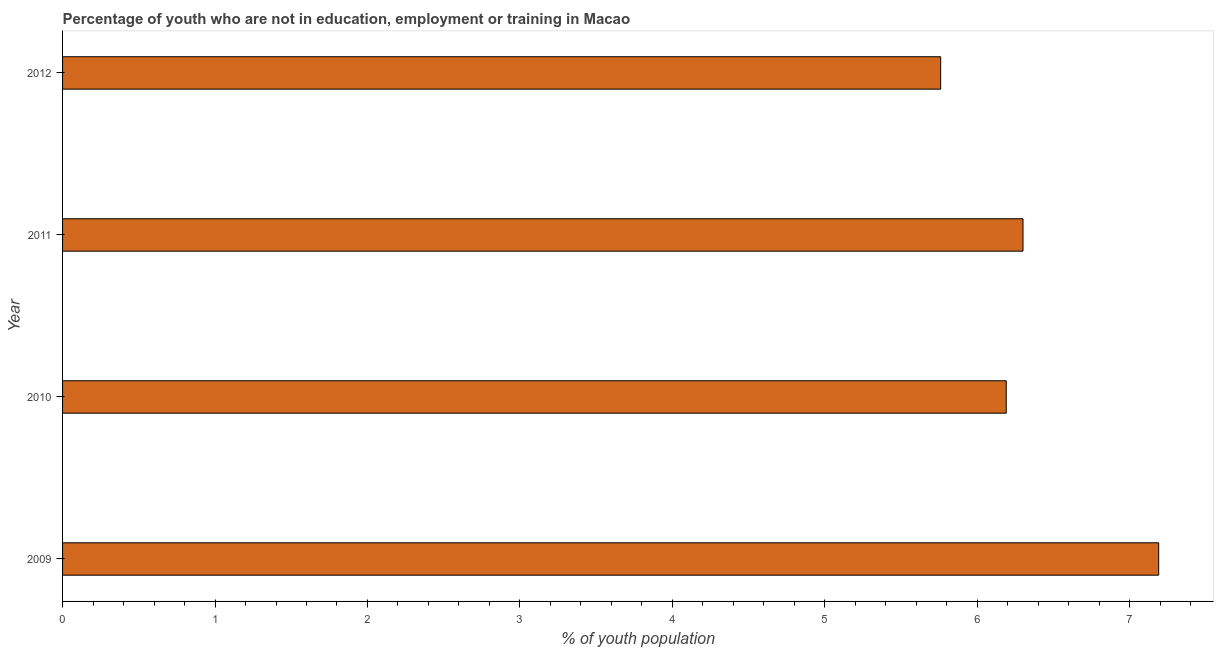
| Year | Unemployed youth |
 | --- | --- |
 | 2009 | 7.19 |
 | 2010 | 6.19 |
 | 2011 | 6.3 |
 | 2012 | 5.76 |